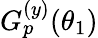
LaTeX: G_{p}^{(y)}(\theta_{1})